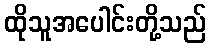
ထိုသူအပေါင်းတို့သည်